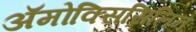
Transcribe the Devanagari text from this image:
ॲमोक्सिसिलिन